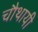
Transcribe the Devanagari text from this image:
चौथायी